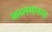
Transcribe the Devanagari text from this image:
कालमानास